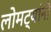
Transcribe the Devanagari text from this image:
लोमट्यांनी